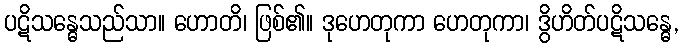
ပဋိသန္ဓေသည်သာ။ ဟောတိ၊ ဖြစ်၏။ ဒုဟေတုကာ ဟေတုကာ၊ ဒွိဟိတ်ပဋိသန္ဓေ,